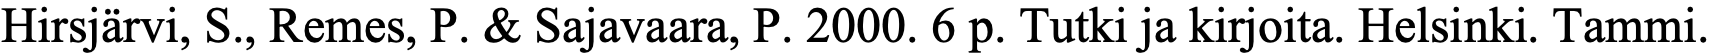
Hirsjärvi, S., Remes, P. & Sajavaara, P. 2000. 6 p. Tutki ja kirjoita. Helsinki. Tammi.